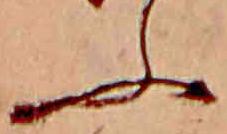
ふ